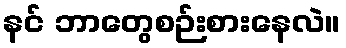
နင် ဘာတွေစဉ်းစားနေလဲ။